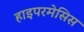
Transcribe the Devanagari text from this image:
हाइपरमेसिस